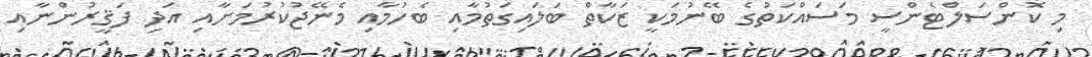
މި ކޮންސަލްޓެންސީ މަސައްކަތުގެ ބޭނުމަކީ ޒަކާތް ބަލައިގަތުމާއި ބެހުމާއި މެނޭޖުކުރުމަށާއި އަދި ފަޤީރުންނާއި